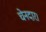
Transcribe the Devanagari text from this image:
चेनदार।